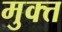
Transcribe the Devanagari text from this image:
मुक्त्त